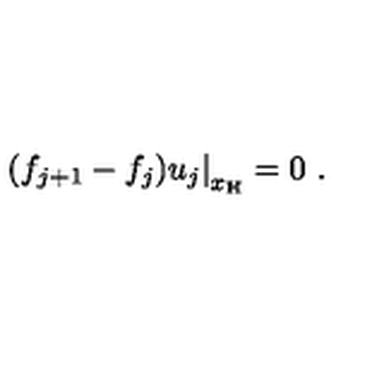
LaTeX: \left. ( f _ { j + 1 } - f _ { j } ) u _ { j } \right| _ { x _ { \mathrm { H } } } = 0 \ .